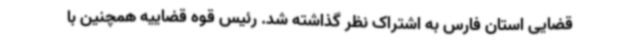
قضایی استان فارس به اشتراک نظر گذاشته شد. رئیس قوه قضاییه همچنین با